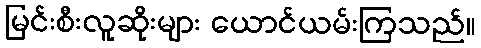
မြင်းစီးလူဆိုးများ ယောင်ယမ်းကြသည်။